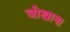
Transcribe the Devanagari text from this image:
जोखाना